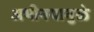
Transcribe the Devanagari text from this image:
अभीनयामुळे